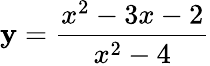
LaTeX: \mathbf{y}={\frac{{x^{2}-3x-2}}{{x^{2}-4}}}